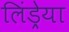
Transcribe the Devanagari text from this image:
लिंड्रेया